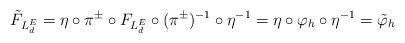
LaTeX: \begin{align*}\tilde F_{L^E_d} = \eta \circ \pi^\pm\circ F_{L^E_d} \circ (\pi^\pm)^{-1}\circ \eta^{-1} = \eta \circ \varphi_h \circ \eta^{-1} = \tilde \varphi_h\end{align*}